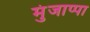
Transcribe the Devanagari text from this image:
मुंजाप्पा